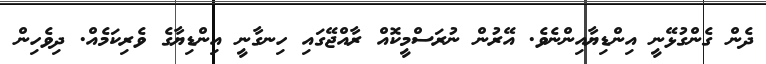
ދެން ގެންގުޅޭނީ އިންޑިޔާއިންނެވެ. އޭރުން ނުރަސްމީކޮއް ރާއްޖޭގައި ހިނގާނީ އިންޑިޔާގެ ވެރިކަމެއް. ދިވެހިން